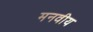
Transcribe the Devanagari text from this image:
मनवीय